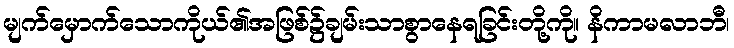
မျက်မှောက်သောကိုယ်၏အဖြစ်၌ချမ်းသာစွာနေရခြင်းတို့ကို။ နိကာမလာဘီ၊